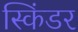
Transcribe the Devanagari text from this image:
स्किंडर